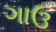
ગાઉ